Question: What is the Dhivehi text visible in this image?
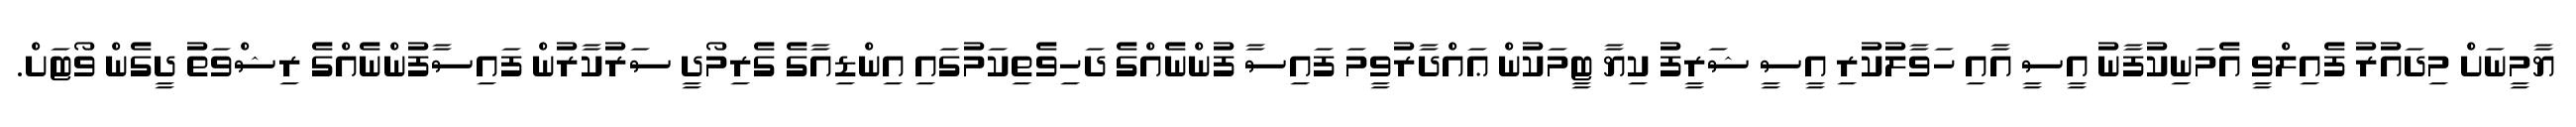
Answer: ޔާމީނަށް މިދައުރު ފެއިލްވީ އެމަނިކުފާނު އީސީ އާއި ހަވާލުކުރި އީސީ ޝަރީފު ކިޔާ ޓީމަކުން ޢައްދާރުވީމަ ފައިސާ ފުންނެއްގެ ދަހިވެތިކަމުގައި އިންޑިއާގެ ގެރިމޯދީ ސަރުކާރުން ފައިސާފުންނެއްގެ ރިޝްވަތު ދީގެން ވޯޓަށް.